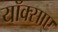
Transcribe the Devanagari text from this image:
यॉक्साए